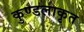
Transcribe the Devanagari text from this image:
कुण्डलाकृत